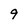
Character: 9